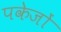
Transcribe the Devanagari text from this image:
पकेजों